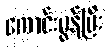
ကောင်းမွန်ပြီး